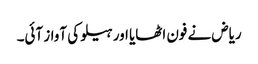
ریاض نے فون اٹھایا اور ہیلو کی آواز آئی۔